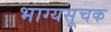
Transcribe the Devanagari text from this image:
भाग्यसूचक